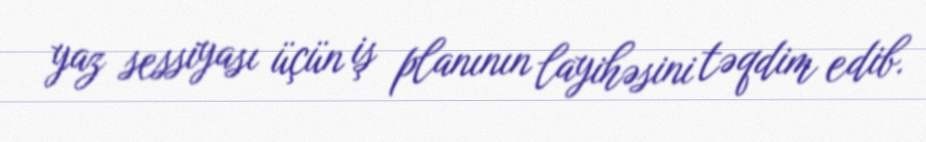
yaz sessiyası üçün iş planının layihəsini təqdim edib.